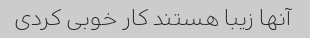
آنها زیبا هستند کار خوبی کردی